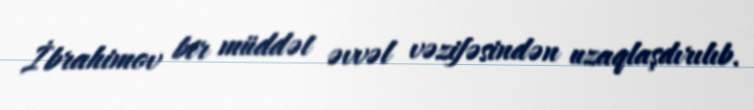
İbrahimov bir müddət əvvəl vəzifəsindən uzaqlaşdırılıb.